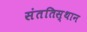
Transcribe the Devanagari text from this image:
संततिस्थान